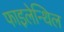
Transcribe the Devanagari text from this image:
फाइलेन्थिल